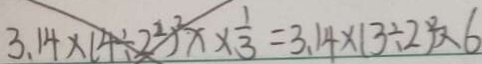
3 . 1 4 \times ( 4 \div 2 ^ { 2 } ) ^ { 2 } x \times \frac { 1 } { 3 } = 3 . 1 4 \times ( 3 \div 2 ) ^ { 2 } \times 6